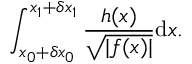
\int _ { x _ { 0 } + \delta x _ { 0 } } ^ { x _ { 1 } + \delta x _ { 1 } } \frac { h ( x ) } { \sqrt { | f ( x ) | } } \mathrm { d } x .